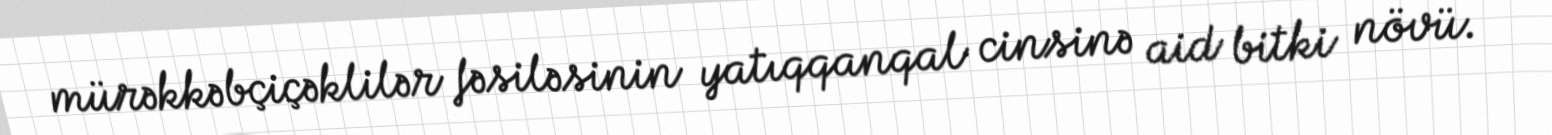
mürəkkəbçiçəklilər fəsiləsinin yatıqqanqal cinsinə aid bitki növü.